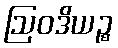
ဩဝဒိယဉ္စ